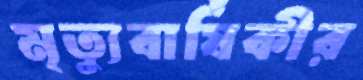
মৃত্যুবার্ষিকীর